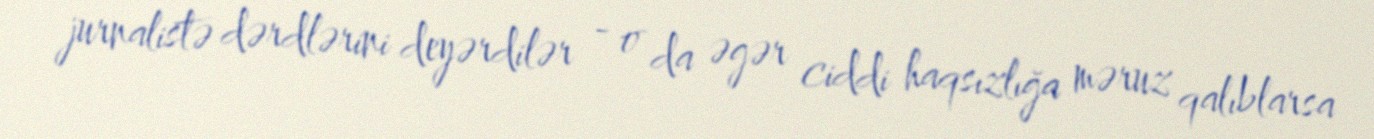
jurnalistə dərdlərini deyərdilər - o da əgər ciddi haqsızlığa məruz qalıblarsa